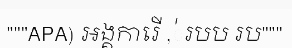
"""APA) អង្គការើ ,់របប រប"""